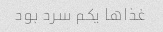
غذاها یکم سرد بود